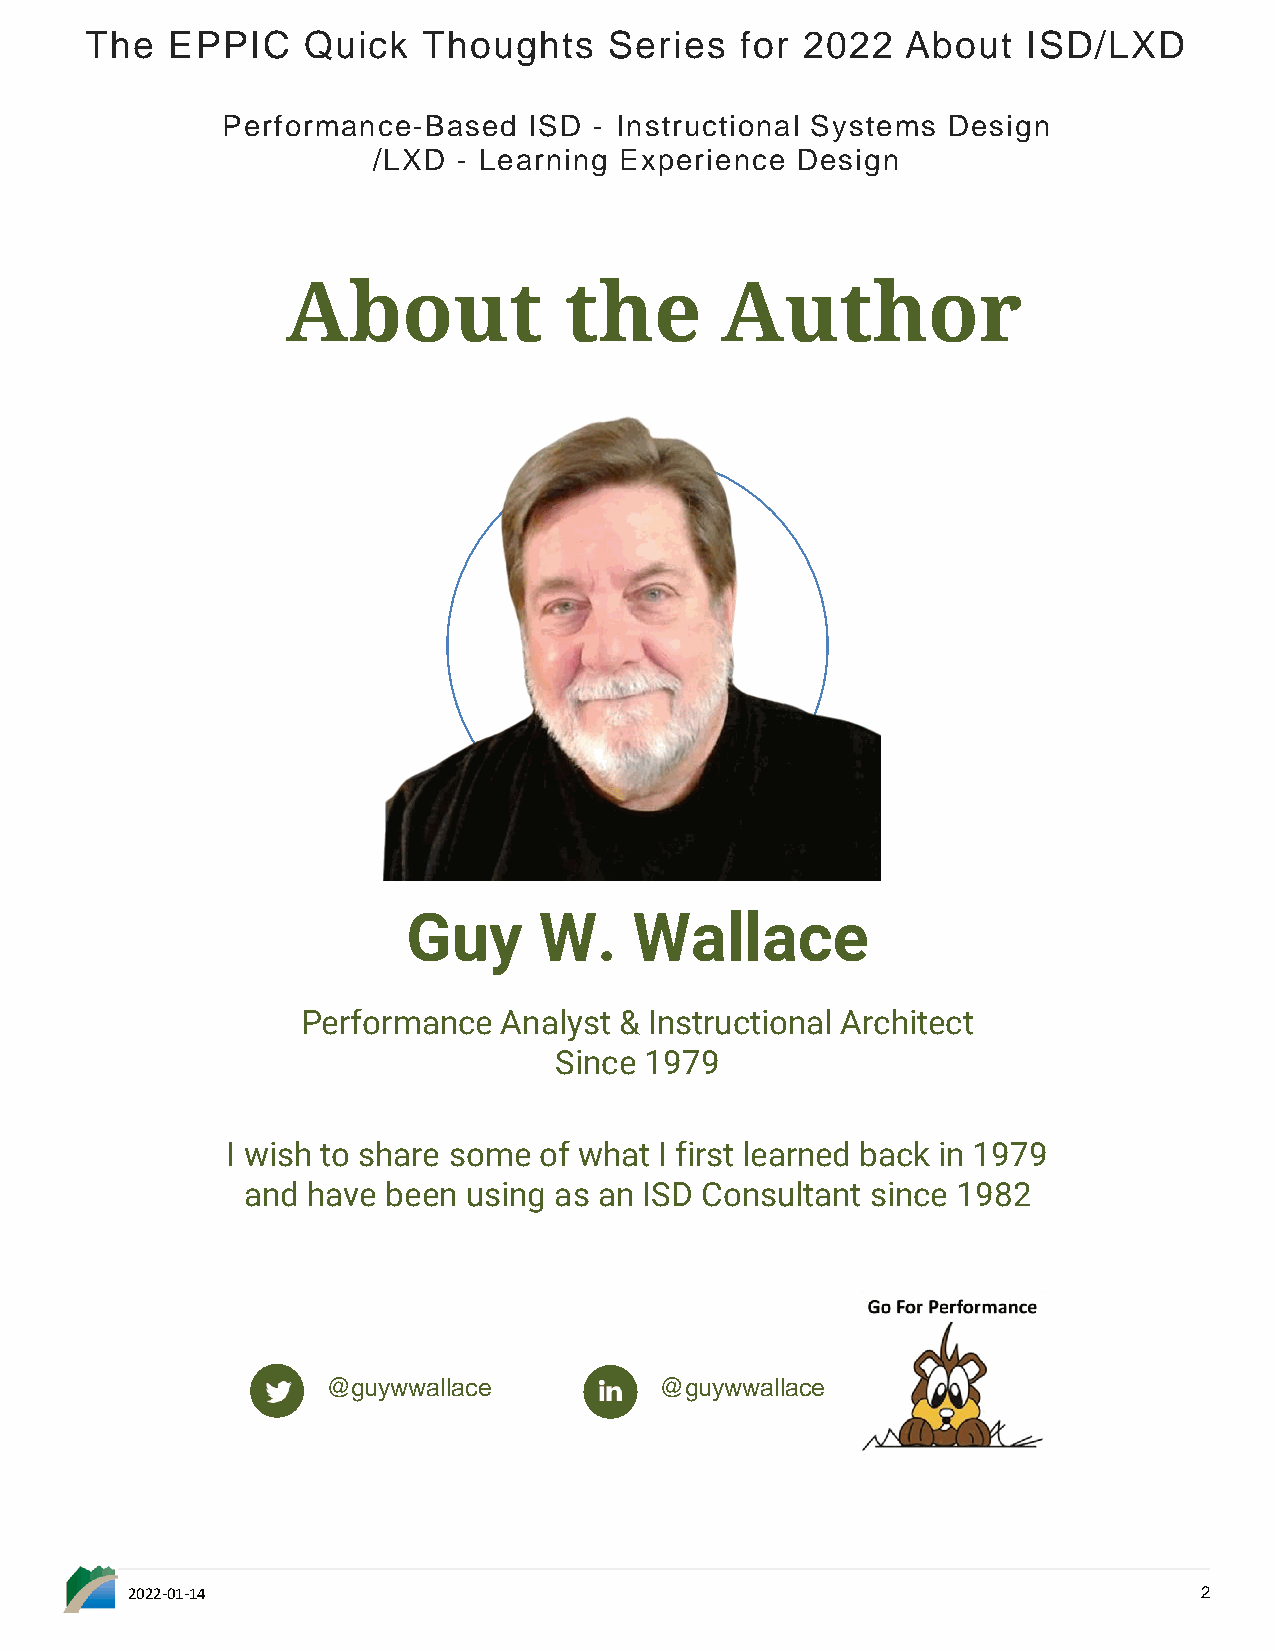
The  EPPIC    Quick   Thoughts    Series   for 2022   About   ISD/LXD
 Performance-Based   ISD - Instructional Systems Design
 /LXD - Learning Experience  Design
 About             the        Author
 Guy      W.    Wallace
 Performance  Analyst & Instructional Architect
 Since 1979
 I wish to share some of what I first learned back in 1979
 and have  been using as an ISD Consultant since 1982
 @guywwallace          @guywwallace
 2022-01-14                                                              2